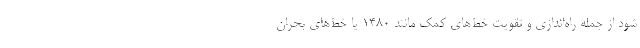
شود از جمله راه‌اندازی و تقویت خط‌های کمک مانند ۱۴۸۰ یا خط‌های بحران